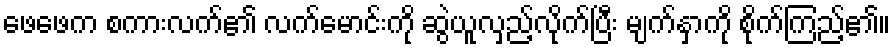
ဖေဖေက စကားလက်၏ လက်မောင်းကို ဆွဲယူလှည့်လိုက်ပြီး မျက်နှာကို စိုက်ကြည့်၏။